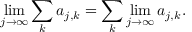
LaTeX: \operatorname* { l i m } _ { j \to \infty } \sum _ { k } a _ { j , k } = \sum _ { k } \operatorname* { l i m } _ { j \to \infty } a _ { j , k } .